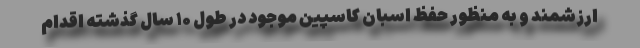
ارزشمند و به منظور حفظ اسبان کاسپین موجود در طول ۱۰ سال گذشته اقدام